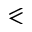
\eqslantless